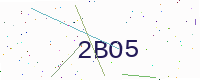
Text: 2BO5